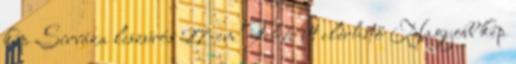
kép Sírváza leszúrós 27-cm Fehér itt elérhető Nagyobb kép